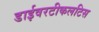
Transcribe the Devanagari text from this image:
डाईवरटीकलटिस